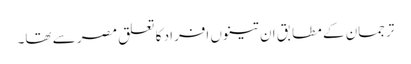
ترجمان کے مطابق ان تینوں افراد کا تعلق مصر سے تھا۔